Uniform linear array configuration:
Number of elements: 64
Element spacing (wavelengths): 0.5
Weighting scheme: hamming
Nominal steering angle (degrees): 60
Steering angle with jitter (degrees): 61.192
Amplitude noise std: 0.05
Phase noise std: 0.05

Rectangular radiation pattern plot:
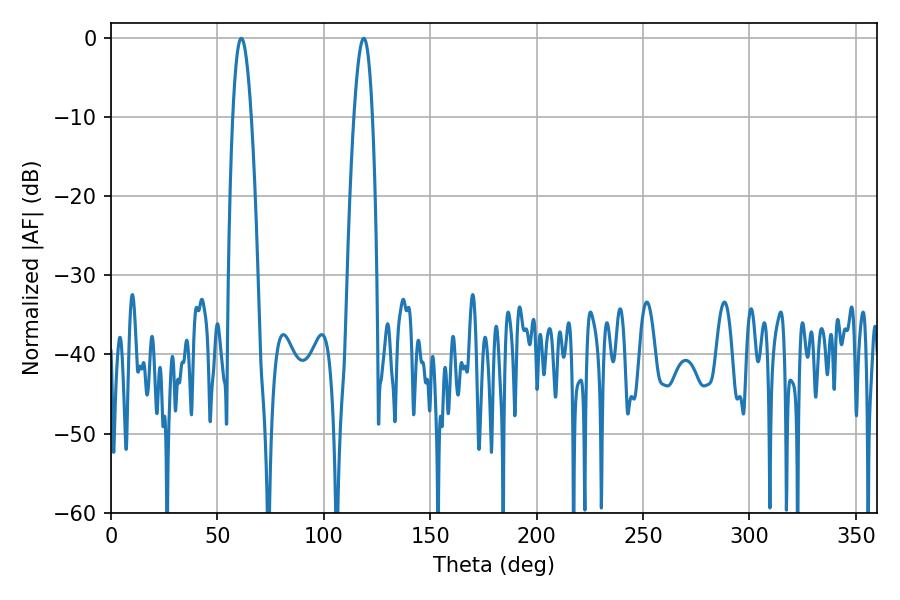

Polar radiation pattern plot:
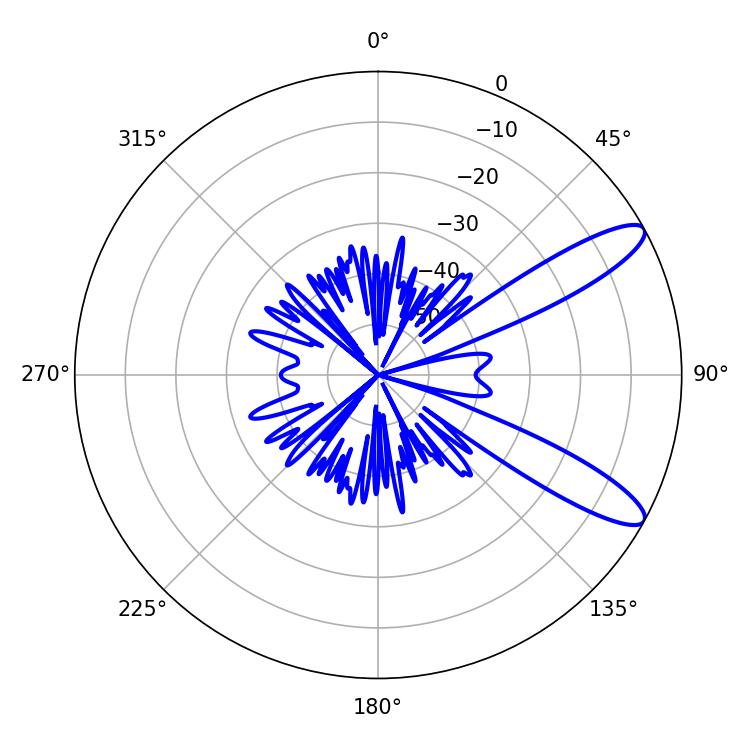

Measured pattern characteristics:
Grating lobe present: FALSE
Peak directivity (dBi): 11.013
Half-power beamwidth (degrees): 4.68
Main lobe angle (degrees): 61.2